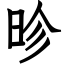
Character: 昣